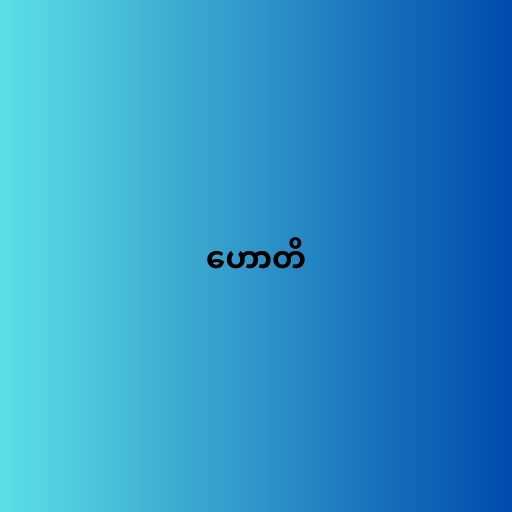
ဟောတိ